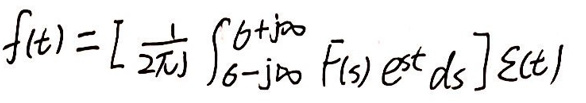
\[
f(t)=\left[\frac{1}{2\pi j}\int_{\sigma - j\infty}^{\sigma + j\infty}F(s)e^{st}ds\right]\varepsilon(t)
\]